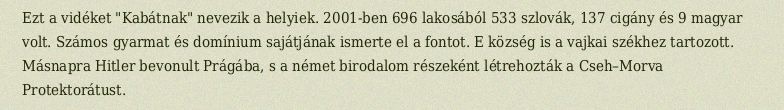
Ezt a vidéket "Kabátnak" nevezik a helyiek. 2001-ben 696 lakosából 533 szlovák, 137 cigány és 9 magyar volt. Számos gyarmat és domínium sajátjának ismerte el a fontot. E község is a vajkai székhez tartozott. Másnapra Hitler bevonult Prágába, s a német birodalom részeként létrehozták a Cseh–Morva Protektorátust.